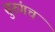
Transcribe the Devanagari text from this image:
तुरुंगच